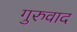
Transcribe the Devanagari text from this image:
गुरुवाद